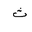
Letter: _tha